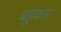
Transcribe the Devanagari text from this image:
बहुकार